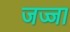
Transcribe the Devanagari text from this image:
जज्जा